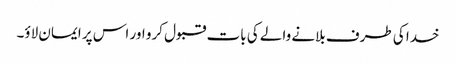
خدا کی طرف بلانے والے کی بات قبول کرو اور اس پر ایمان لاؤ۔